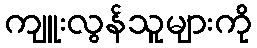
ကျူးလွန်သူများကို